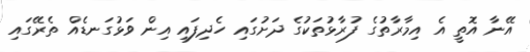
އޭނާ އޮތީ އެ އިމާރާތުގެ ފުރާޅުތަކުގެ ދަށުގައި ހެދިފައި އިން ވަޅުގަނޑެއް ތެރޭގައި